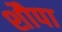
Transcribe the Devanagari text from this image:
शौपा